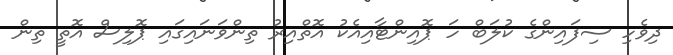
ދިވެހި ސިފައިންގެ ކުލަބް ހަ ޕޮއިންޓާއިއެކު އޮތްއިރު ތިންވަނައިގައި ޕޮލިސް އޮތީ ތިން